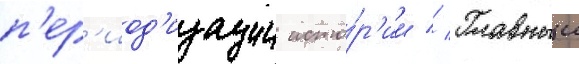
п'ер'иод'изации исто́р'ии // Главныи